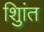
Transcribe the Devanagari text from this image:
शुिांत